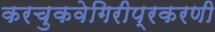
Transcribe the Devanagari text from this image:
करचुकवेगिरीप्रकरणी